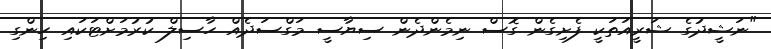
"ނަޝީދުގެ ޝަރީއަތަކީ ފެށިގެން ގޮސް ނިމެންދެން ސިޔާސީ މަގްސަދެއް ހާސިލް ކުރުމަށްޓަކައި ހިންގި